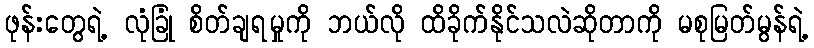
ဖုန်းတွေရဲ့ လုံခြုံ စိတ်ချရမှုကို ဘယ်လို ထိခိုက်နိုင်သလဲဆိုတာကို မစုမြတ်မွန်ရဲ့